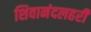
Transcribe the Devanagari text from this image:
शिवानंदलहरी